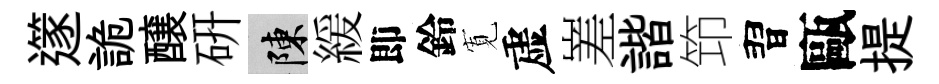
𨗹詭醸硏陳緩即鈴𡩖虚嵳諧笻習甌提